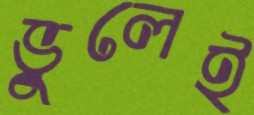
ভুলেই